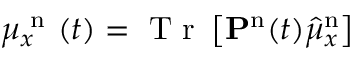
\mu _ { x } ^ { \mathrm { ~ n ~ } } ( t ) = \mathrm { ~ T ~ r ~ } \left[ \mathbf { P ^ { \mathrm { n } } } ( t ) \hat { \mu } _ { x } ^ { \mathrm { n } } \right]